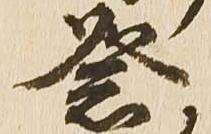
祭